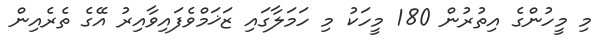
މި މީހުންގެ އިތުރުން 180 މީހަކު މި ހަމަލާގައި ޒަޚަމްވެފައިވާއިރު އޭގެ ތެރެއިން